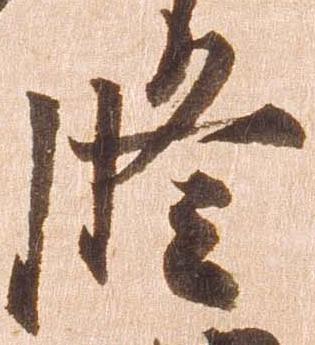
修